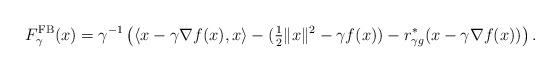
LaTeX: \begin{align*}F_{\gamma}^{\rm{FB}}(x)=\gamma^{-1}\left(\langle x-\gamma\nabla f(x),x\rangle-(\tfrac{1}{2}\|x\|^2-\gamma f(x))-r_{\gamma g}^*(x-\gamma\nabla f(x))\right).\end{align*}